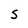
Character: S